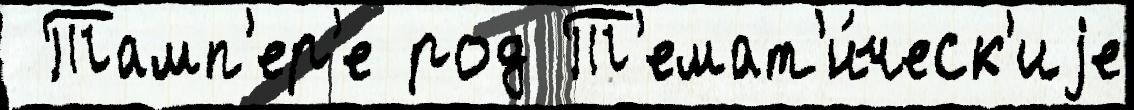
 Тамп'ер'е род Т'емат'и́ческ'иjе